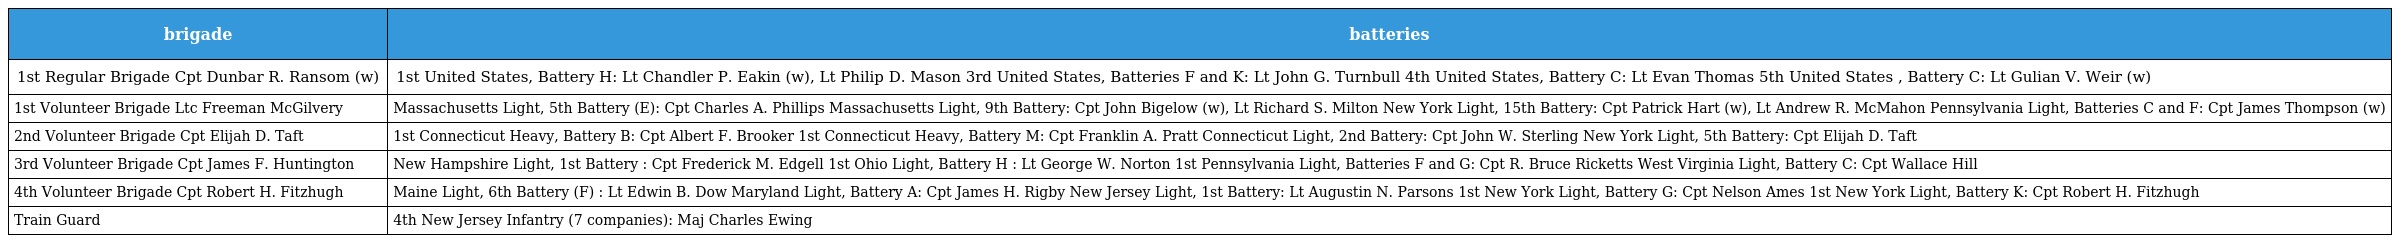
| brigade | batteries |
 | --- | --- |
 | 1st Regular Brigade Cpt Dunbar R. Ransom (w) | 1st United States, Battery H: Lt Chandler P. Eakin (w), Lt Philip D. Mason 3rd United States, Batteries F and K: Lt John G. Turnbull 4th United States, Battery C: Lt Evan Thomas 5th United States , Battery C: Lt Gulian V. Weir (w) |
 | 1st Volunteer Brigade Ltc Freeman McGilvery | Massachusetts Light, 5th Battery (E): Cpt Charles A. Phillips Massachusetts Light, 9th Battery: Cpt John Bigelow (w), Lt Richard S. Milton New York Light, 15th Battery: Cpt Patrick Hart (w), Lt Andrew R. McMahon Pennsylvania Light, Batteries C and F: Cpt James Thompson (w) |
 | 2nd Volunteer Brigade Cpt Elijah D. Taft | 1st Connecticut Heavy, Battery B: Cpt Albert F. Brooker 1st Connecticut Heavy, Battery M: Cpt Franklin A. Pratt Connecticut Light, 2nd Battery: Cpt John W. Sterling New York Light, 5th Battery: Cpt Elijah D. Taft |
 | 3rd Volunteer Brigade Cpt James F. Huntington | New Hampshire Light, 1st Battery : Cpt Frederick M. Edgell 1st Ohio Light, Battery H : Lt George W. Norton 1st Pennsylvania Light, Batteries F and G: Cpt R. Bruce Ricketts West Virginia Light, Battery C: Cpt Wallace Hill |
 | 4th Volunteer Brigade Cpt Robert H. Fitzhugh | Maine Light, 6th Battery (F) : Lt Edwin B. Dow Maryland Light, Battery A: Cpt James H. Rigby New Jersey Light, 1st Battery: Lt Augustin N. Parsons 1st New York Light, Battery G: Cpt Nelson Ames 1st New York Light, Battery K: Cpt Robert H. Fitzhugh |
 | Train Guard | 4th New Jersey Infantry (7 companies): Maj Charles Ewing |